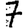
Digit: 7